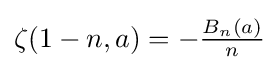
{\textstyle \zeta (1-n,a)=-{\frac {B_{n}(a)}{n}}}